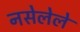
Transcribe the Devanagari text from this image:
नसेलेले